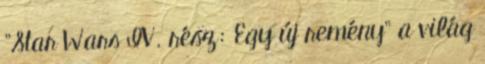
"Star Wars IV. rész: Egy új remény" a világ